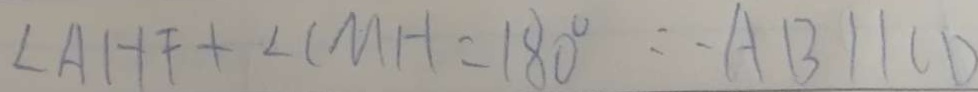
\angle A H F + \angle C M H = 1 8 0 ^ { \circ } \therefore A B / / C D